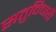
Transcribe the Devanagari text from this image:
सतुविचारी